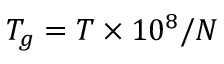
T _ { g } = T \times 1 0 ^ { 8 } / N